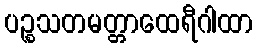
ပဉ္စသတမတ္တာထေရီဂါထာ